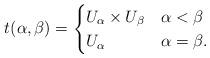
LaTeX: \begin{align*}t(\alpha,\beta) = \begin{cases} U_\alpha \times U_\beta & \alpha<\beta \\ U_\alpha & \alpha =\beta. \\\end{cases}\end{align*}